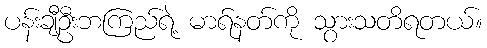
ပန်းချီဦးဘကြည်ရဲ့ မာရ်နတ်ကို သွားသတိရတယ်။